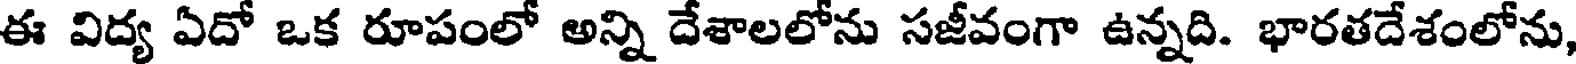
ఈ విద్య ఏదో ఒక రూపంలో అన్ని దేశాలలోను సజీవంగా ఉన్నది. భారతదేశంలోను,